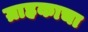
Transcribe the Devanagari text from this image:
ग्राहकाचा